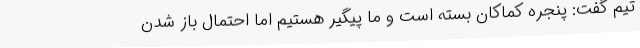
تیم گفت: پنجره کماکان بسته است و ما پیگیر هستیم اما احتمال باز شدن